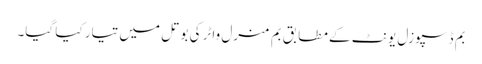
بم ڈسپوزل یونٹ کے مطابق بم منرل واٹر کی بوتل میں تیار کیا گیا۔